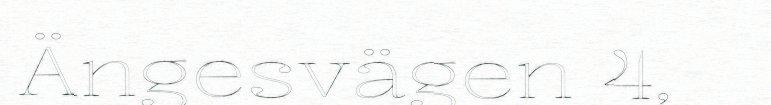
Ängesvägen 4,